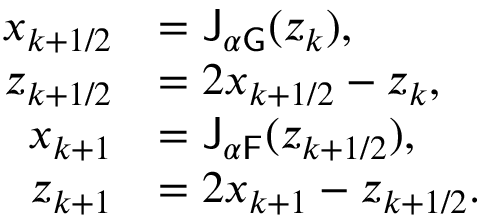
\begin{array} { r l } { x _ { k + 1 / 2 } } & { = \mathsf { J } _ { \alpha \mathsf { G } } ( z _ { k } ) , } \\ { z _ { k + 1 / 2 } } & { = 2 x _ { k + 1 / 2 } - z _ { k } , } \\ { x _ { k + 1 } } & { = \mathsf { J } _ { \alpha \mathsf { F } } ( z _ { k + 1 / 2 } ) , } \\ { z _ { k + 1 } } & { = 2 x _ { k + 1 } - z _ { k + 1 / 2 } . } \end{array}